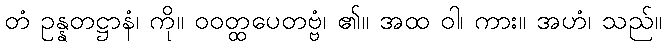
တံ ဥန္နတဋ္ဌာနံ၊ ကို။ ဝဝတ္ထပေတဗ္ဗံ၊ ၏။ အထ ဝါ၊ ကား။ အဟံ၊ သည်။